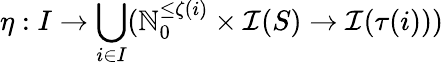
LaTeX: \eta:I\rightarrow\bigcup_{i\in I}(\mathbb{N}_{0}^{\leq\zeta(i)}\times\mathcal{I}(S)\rightarrow\mathcal{I}(\tau(i)))